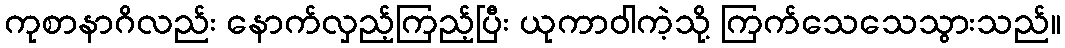
ကုစာနာဂိလည်း နောက်လှည့်ကြည့်ပြီး ယုကာဝါကဲ့သို့ ကြက်သေသေသွားသည်။